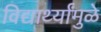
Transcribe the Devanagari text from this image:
विद्यार्थ्यांमुळे